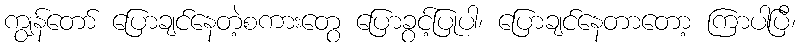
ကျွန်တော် ပြောချင်နေတဲ့စကားတွေ ပြောခွင့်ပြုပါ၊ ပြောချင်နေတာတော့ ကြာပါပြီ၊